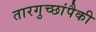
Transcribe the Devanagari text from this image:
तारगुच्छांपैकी